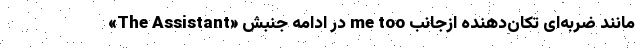
«The Assistant» در ادامه جنبش me too مانند ضربه‌ای تکان‌دهنده ازجانب